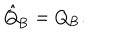
LaTeX: \hat { Q } _ { \mathrm { B } } = Q _ { \mathrm { B } } .